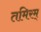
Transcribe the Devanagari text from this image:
तमिरम्